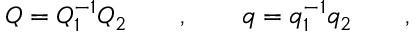
Q = Q _ { 1 } ^ { - 1 } Q _ { 2 } \qquad , \qquad q = q _ { 1 } ^ { - 1 } q _ { 2 } \qquad ,